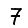
Digit: 7